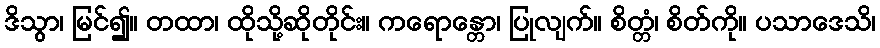
ဒိသွာ၊ မြင်၍။ တထာ၊ ထိုသို့ဆိုတိုင်း။ ကရောန္တော၊ ပြုလျက်။ စိတ္တံ၊ စိတ်ကို။ ပသာဒေသိ၊